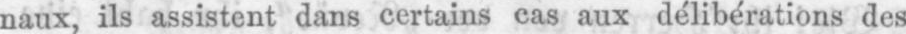
naux, ils assistent dans certains cas aux délibérations des